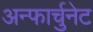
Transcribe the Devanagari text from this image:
अन्फार्चुनेट